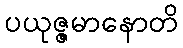
ပယုဇ္ဇမာနောတိ